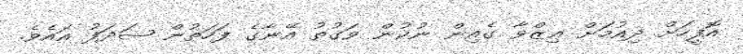
އޮފީހަށް ދިއުމަށް ޢިޒްވާ ގެއިން ނުކުން ވަގުތު އޭނާގެ ފަހަތުން ޝަދަފު އައެވެ.